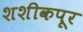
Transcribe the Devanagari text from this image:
शशीकपूर